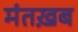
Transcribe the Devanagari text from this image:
मंतख़ब